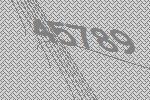
45789